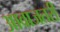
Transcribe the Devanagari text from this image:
आवाजतरी